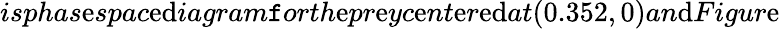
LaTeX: isphas\mathrm{e}spac\mathrm{e}\mathrm{d}iagram\mathtt{f}orth\mathrm{e}pr\mathrm{e}yc\mathrm{e}nt\mathrm{e}r\mathrm{e}\mathrm{d}at(0.352,0)an\mathrm{d}Figur\mathrm{e}